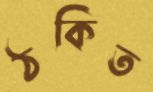
ঠকিত